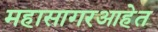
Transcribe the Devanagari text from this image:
महासागरआहेत